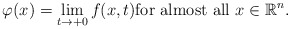
\begin{align*}\varphi(x)=\lim\limits_{t \to +0}f(x,t) \hbox{for almost all } x \in \mathbb{R}^{n}.\end{align*}